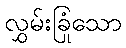
လွှမ်းခြုံသော